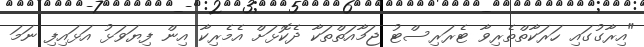
"އިރާގުގައި ހަރަކާތްތެރިވާ ޓެރަރިސްޓު ޖަމާއަތްތަކާ ދެކޮޅަށް އެމެރިކާ އިން ފިޔަވަޅު އަޅައިފި ނަމަ